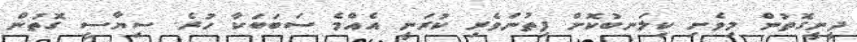
ދީނީގޮތުން މިވެށި ކިލަނބުކޮށް ފިތުނަވެރި ކުރަނީ އެއްމެ ސަބަބަކާ ހުރެ. ސިޔާސީ ގޮތުން